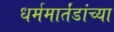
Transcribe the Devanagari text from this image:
धर्ममार्तंडांच्या